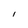
Character: l